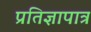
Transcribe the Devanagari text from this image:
प्रतिज्ञापात्र